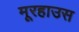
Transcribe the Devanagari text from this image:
मूरहाउस